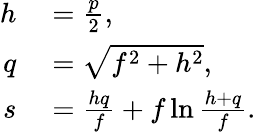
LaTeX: \begin{array}{rl}{h}&{{}={\frac{p}{2}},}\\ {q}&{{}={\sqrt{f^{2}+h^{2}}},}\\ {s}&{{}={\frac{hq}{f}}+f\ln{\frac{h+q}{f}}.}\end{array}